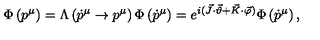
\Phi \left( p ^ { \mu } \right) = \Lambda \left( \dot { p } ^ { \mu } \to p ^ { \mu } \right) \Phi \left( \dot { p } ^ { \mu } \right) = e ^ { i ( \vec { J } \cdot \vec { \vartheta } + \vec { K } \cdot \vec { \varphi } ) } \Phi \left( \dot { p } ^ { \mu } \right) ,